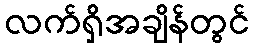
လက်ရှိအချိန်တွင်